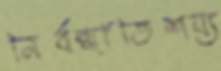
নির্বন্ধাতিশয্য